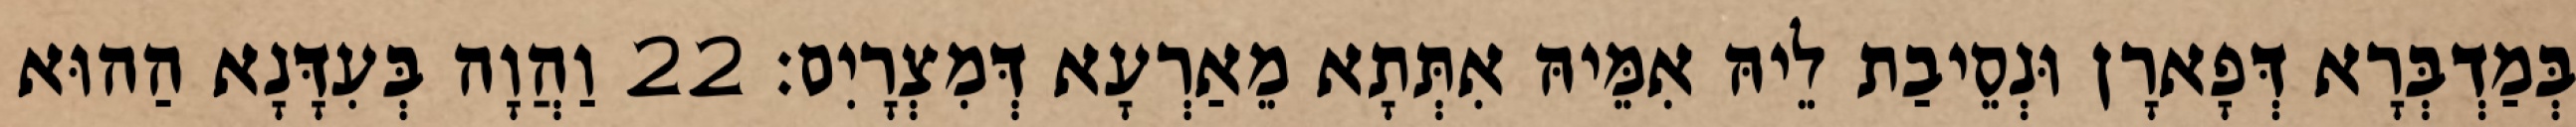
בְּמַדְבְּרָא דְּפָארָן וּנְסֵיבַת לֵיהּ אִמֵּיהּ אִתְּתָא מֵאַרְעָא דְּמִצְרָיִם׃ 22 וַהֲוָה בְּעִדָּנָא הַהוּא